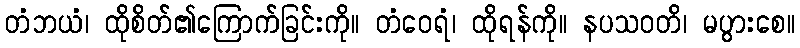
တံဘယံ၊ ထိုစိတ်၏ကြောက်ခြင်းကို။ တံဝေရံ၊ ထိုရန်ကို။ နပသဝတိ၊ မပွားစေ။